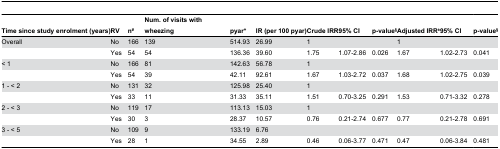
| Time since study enrolment (years) | RV | n# | Num. of visits with wheezing | pyar* | IR (per 100 pyar) | Crude IRR | 95% CI | p-value§ | Adjusted IRR± | 95% CI | p-value§ |
 | --- | --- | --- | --- | --- | --- | --- | --- | --- | --- | --- | --- |
 | Overall | No | 166 | 139 | 514.93 | 26.99 | 1 |  |  | 1 |  |  |
 |  | Yes | 54 | 54 | 136.36 | 39.60 | 1.75 | 1.07-2.86 | 0.026 | 1.67 | 1.02-2.73 | 0.041 |
 | < 1 | No | 166 | 81 | 142.63 | 56.78 | 1 |  |  |  |  |  |
 |  | Yes | 54 | 39 | 42.11 | 92.61 | 1.67 | 1.03-2.72 | 0.037 | 1.68 | 1.02-2.75 | 0.039 |
 | 1 - < 2 | No | 131 | 32 | 125.98 | 25.40 | 1 |  |  |  |  |  |
 |  | Yes | 33 | 11 | 31.33 | 35.11 | 1.51 | 0.70-3.25 | 0.291 | 1.53 | 0.71-3.32 | 0.278 |
 | 2 - < 3 | No | 119 | 17 | 113.13 | 15.03 | 1 |  |  |  |  |  |
 |  | Yes | 30 | 3 | 28.37 | 10.57 | 0.76 | 0.21-2.74 | 0.677 | 0.77 | 0.21-2.78 | 0.691 |
 | 3 - < 5 | No | 109 | 9 | 133.19 | 6.76 |  |  |  |  |  |  |
 |  | Yes | 28 | 1 | 34.55 | 2.89 | 0.46 | 0.06-3.77 | 0.471 | 0.47 | 0.06-3.84 | 0.481 |